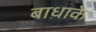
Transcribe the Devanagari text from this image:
बाधाके